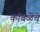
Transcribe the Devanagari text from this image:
कांबळेेंचे